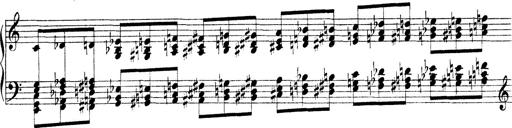
Title: Technische Studien
Composer: Franz Liszt